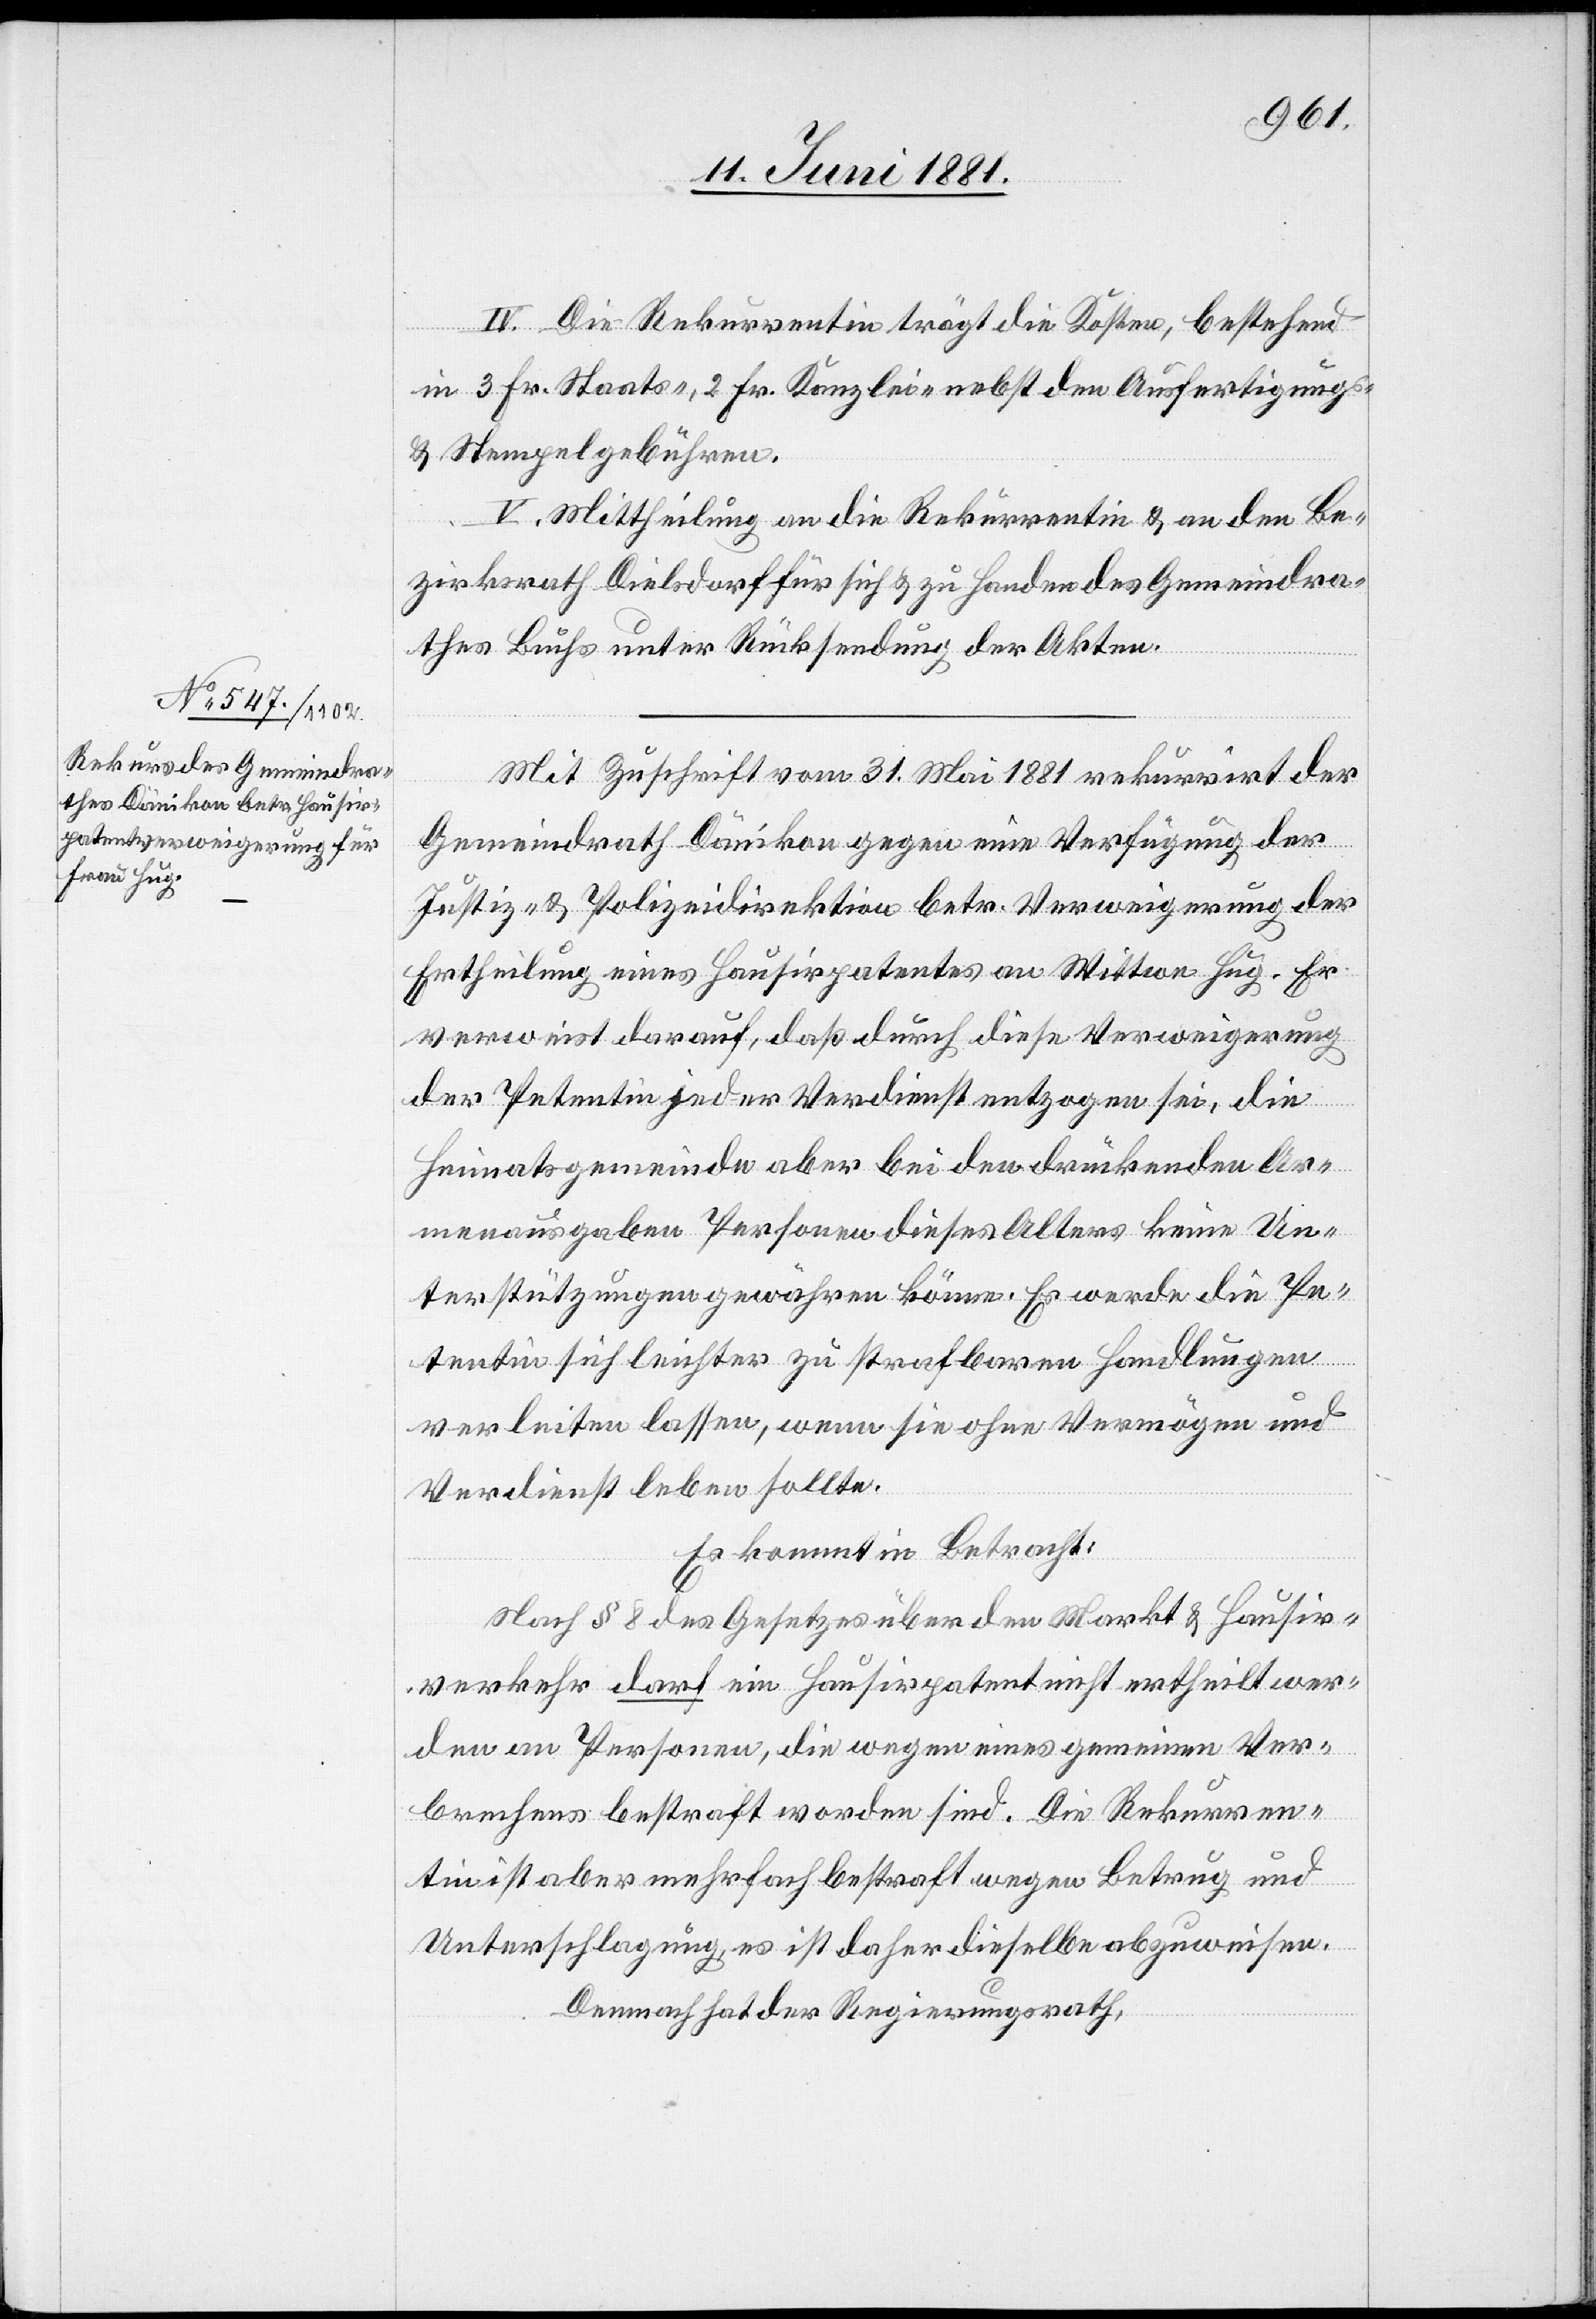
IV. Die Rekurrentin trägt die Kosten, bestehend
in 3 Fr. Staats-, 2 Fr. Kanzlei- nebst den Ausfertigungs-
& Stempelgebühren.
V. Mittheilung an die Rekurrentin & an den Be¬
zirksrath Dielsdorf für sich & zu Handen des Gemeindra¬
thes Buchs unter Rücksendung der Akten.
Mit Zuschrift vom 31. Mai 1881 rekurrirt der
Gemeindrath Dänikon gegen eine Verfügung der
Justiz- & Polizeidirektion betr. Verweigerung der
Ertheilung eines Hausirpatentes an Wittwe Hug. Er
verweist darauf, daß durch diese Verweigerung
der Petentin jeder Verdienst entzogen sei, die
Heimatsgemeinde aber bei den drückenden Ar¬
menausgaben Personen dieses Alters keine Un¬
terstützungen gewähren könne. Es werde die Pe¬
tentin sich leichter zu strafbaren Handlungen
verleiten lassen, wenn sie ohne Vermögen und
Verdienst leben sollte.
Es kommt in Betracht:
Nach § 8 des Gesetzes über den Markt & Hausir¬
verkehr darf ein Hausirpatent nicht ertheilt wer¬
den an Personen, die wegen eines gemeinen Ver¬
brechens bestraft worden sind. Die Rekurren¬
tin ist aber mehrfach bestraft wegen Betrug und
Unterschlagung, es ist daher dieselbe abgewiesen.
Demnach hat der Regierungsrath,